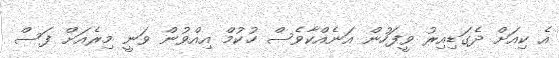
އެ ކިއަށް ދެގަޑިއިރު ވީފަހުން އަނެއްކާވެސް ހުކުމް އިއްވުން ވަނީ މިރެއަށް ފަސް